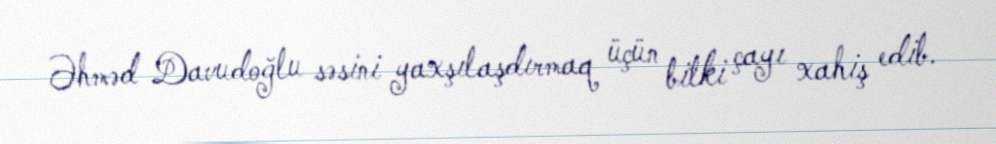
Əhməd Davudoğlu səsini yaxşılaşdırmaq üçün bitki çayı xahiş edib.